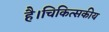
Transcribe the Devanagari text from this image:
है।चिकित्सकीय